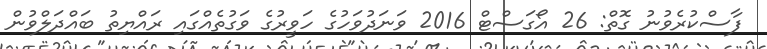
ފާސްކުރެވުނު ގޮތް: 26 އޯގަސްޓް 2016 ވަނަދުވަހުގެ ހަވީރުގެ ވަގުތެއްގައި ރައްޔިތު ބައްދަލްވުން